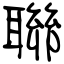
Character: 聯